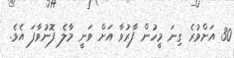
30 އަށްވުރެ ގިނަ މީހުން ފާރުވާ އަށް ވަނީ މާލެ ފޮނުވާފަ އެވެ.